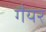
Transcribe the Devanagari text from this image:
गैयर